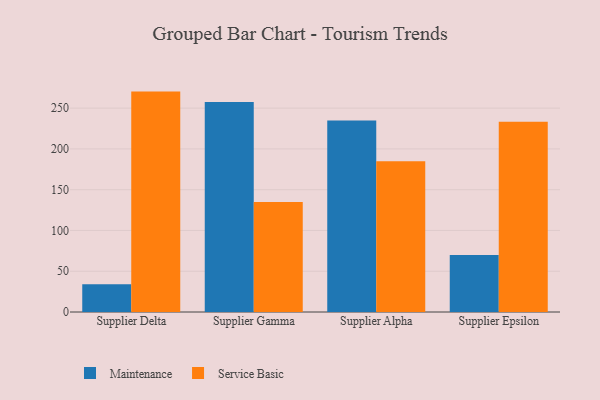
{"axis": {"x": "Supplier", "y": "Inventory Turnover"}, "legend": ["Maintenance", "Service Basic"], "data": [{"x": "Supplier Delta", "y": 34.1, "type": "Maintenance"}, {"x": "Supplier Delta", "y": 270.3, "type": "Service Basic"}, {"x": "Supplier Gamma", "y": 257.5, "type": "Maintenance"}, {"x": "Supplier Gamma", "y": 134.8, "type": "Service Basic"}, {"x": "Supplier Alpha", "y": 234.9, "type": "Maintenance"}, {"x": "Supplier Alpha", "y": 184.8, "type": "Service Basic"}, {"x": "Supplier Epsilon", "y": 69.8, "type": "Maintenance"}, {"x": "Supplier Epsilon", "y": 233.2, "type": "Service Basic"}]}